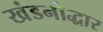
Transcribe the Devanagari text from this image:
खंडनोद्धार